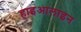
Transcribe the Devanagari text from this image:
हाइआलाइन